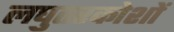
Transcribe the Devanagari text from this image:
लघुतरकोशों